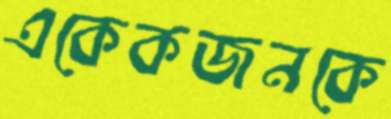
একেকজনকে